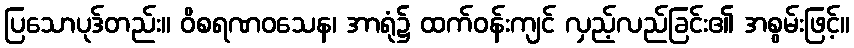
ပြသောပုဒ်တည်း။ ဝိစရဏဝသေန၊ အာရုံ၌ ထက်ဝန်းကျင် လှည့်လည်ခြင်း၏ အစွမ်းဖြင့်။